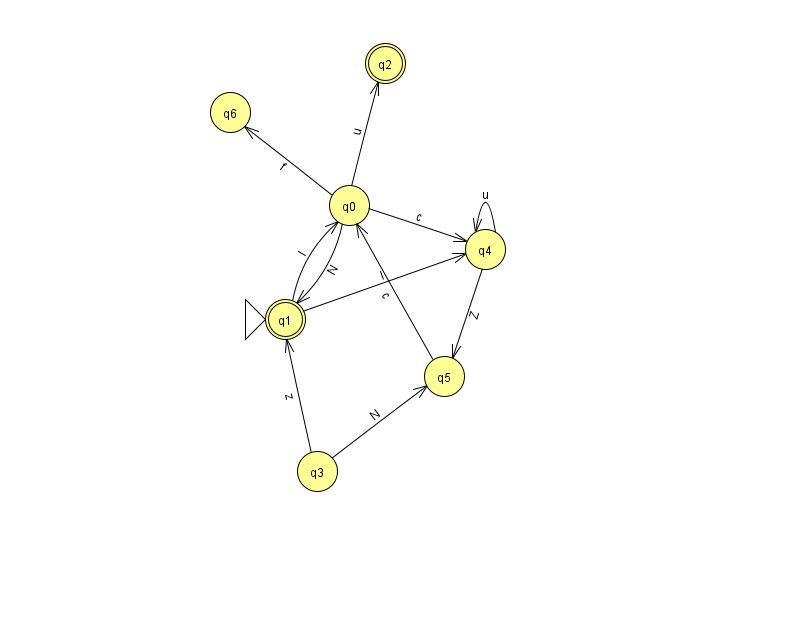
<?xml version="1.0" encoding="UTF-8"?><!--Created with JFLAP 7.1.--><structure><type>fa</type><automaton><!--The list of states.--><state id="0" name="q0"><x>349.0</x><y>192.0</y></state><state id="1" name="q1"><x>285.0</x><y>306.0</y><initial/><final/></state><state id="2" name="q2"><x>385.0</x><y>50.0</y><final/></state><state id="3" name="q3"><x>317.0</x><y>458.0</y></state><state id="4" name="q4"><x>485.0</x><y>236.0</y></state><state id="5" name="q5"><x>444.0</x><y>363.0</y></state><state id="6" name="q6"><x>230.0</x><y>99.0</y></state><!--The list of transitions.--><transition><from>4</from><to>5</to><read>Z</read></transition><transition><from>0</from><to>6</to><read>f</read></transition><transition><from>0</from><to>2</to><read>u</read></transition><transition><from>1</from><to>4</to><read>I</read></transition><transition><from>4</from><to>4</to><read>u</read></transition><transition><from>5</from><to>0</to><read>c</read></transition><transition><from>1</from><to>0</to><read>l</read></transition><transition><from>3</from><to>1</to><read>z</read></transition><transition><from>0</from><to>4</to><read>c</read></transition><transition><from>3</from><to>5</to><read>N</read></transition><transition><from>0</from><to>1</to><read>N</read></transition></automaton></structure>